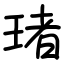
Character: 琽